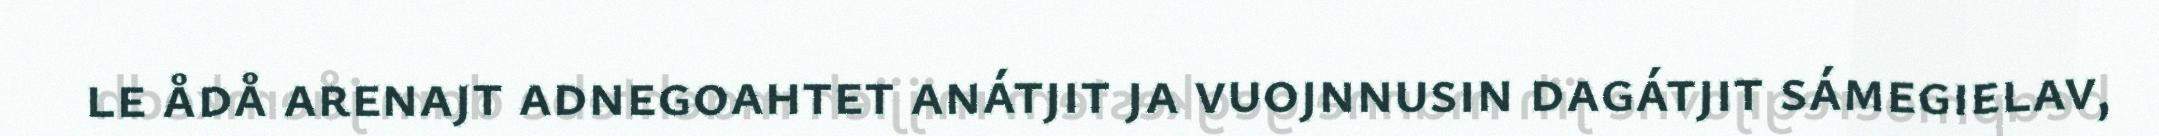
le ådå arenajt adnegoahtet anátjit ja vuojnnusin dagátjit sámegielav,